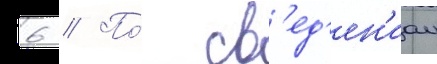
6 // По́ св'ед'ен'иам